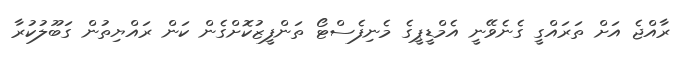
ރާއްޖެ އަށް ތަރައްގީ ގެނެވޭނީ އެމްޑީޕީގެ މެނިފެސްޓޯ ތަންފީޒުކޮށްގެން ކަން ރައްޔިތުން ގަބޫލުކުރާ